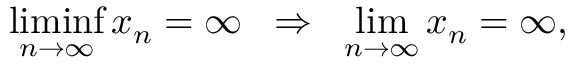
\operatorname* { l i m i n f } _ { n \to \infty } x _ { n } = \infty \; \; \Rightarrow \; \; \operatorname* { l i m } _ { n \to \infty } x _ { n } = \infty ,